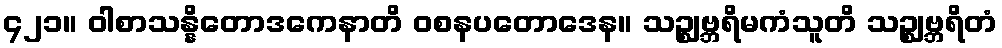
၄၂၁။ ဝါစာသန္နိတောဒကေနာတိ ဝစနပတောဒေန။ သဉ္ဈဗ္ဘရိမကံသူတိ သဉ္ဈဗ္ဘရိတံ